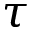
\tau